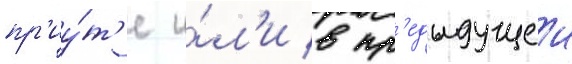
пр'иу́т'е и́л'и в пр'едыдущеи